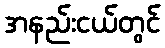
အနည်းငယ်တွင်